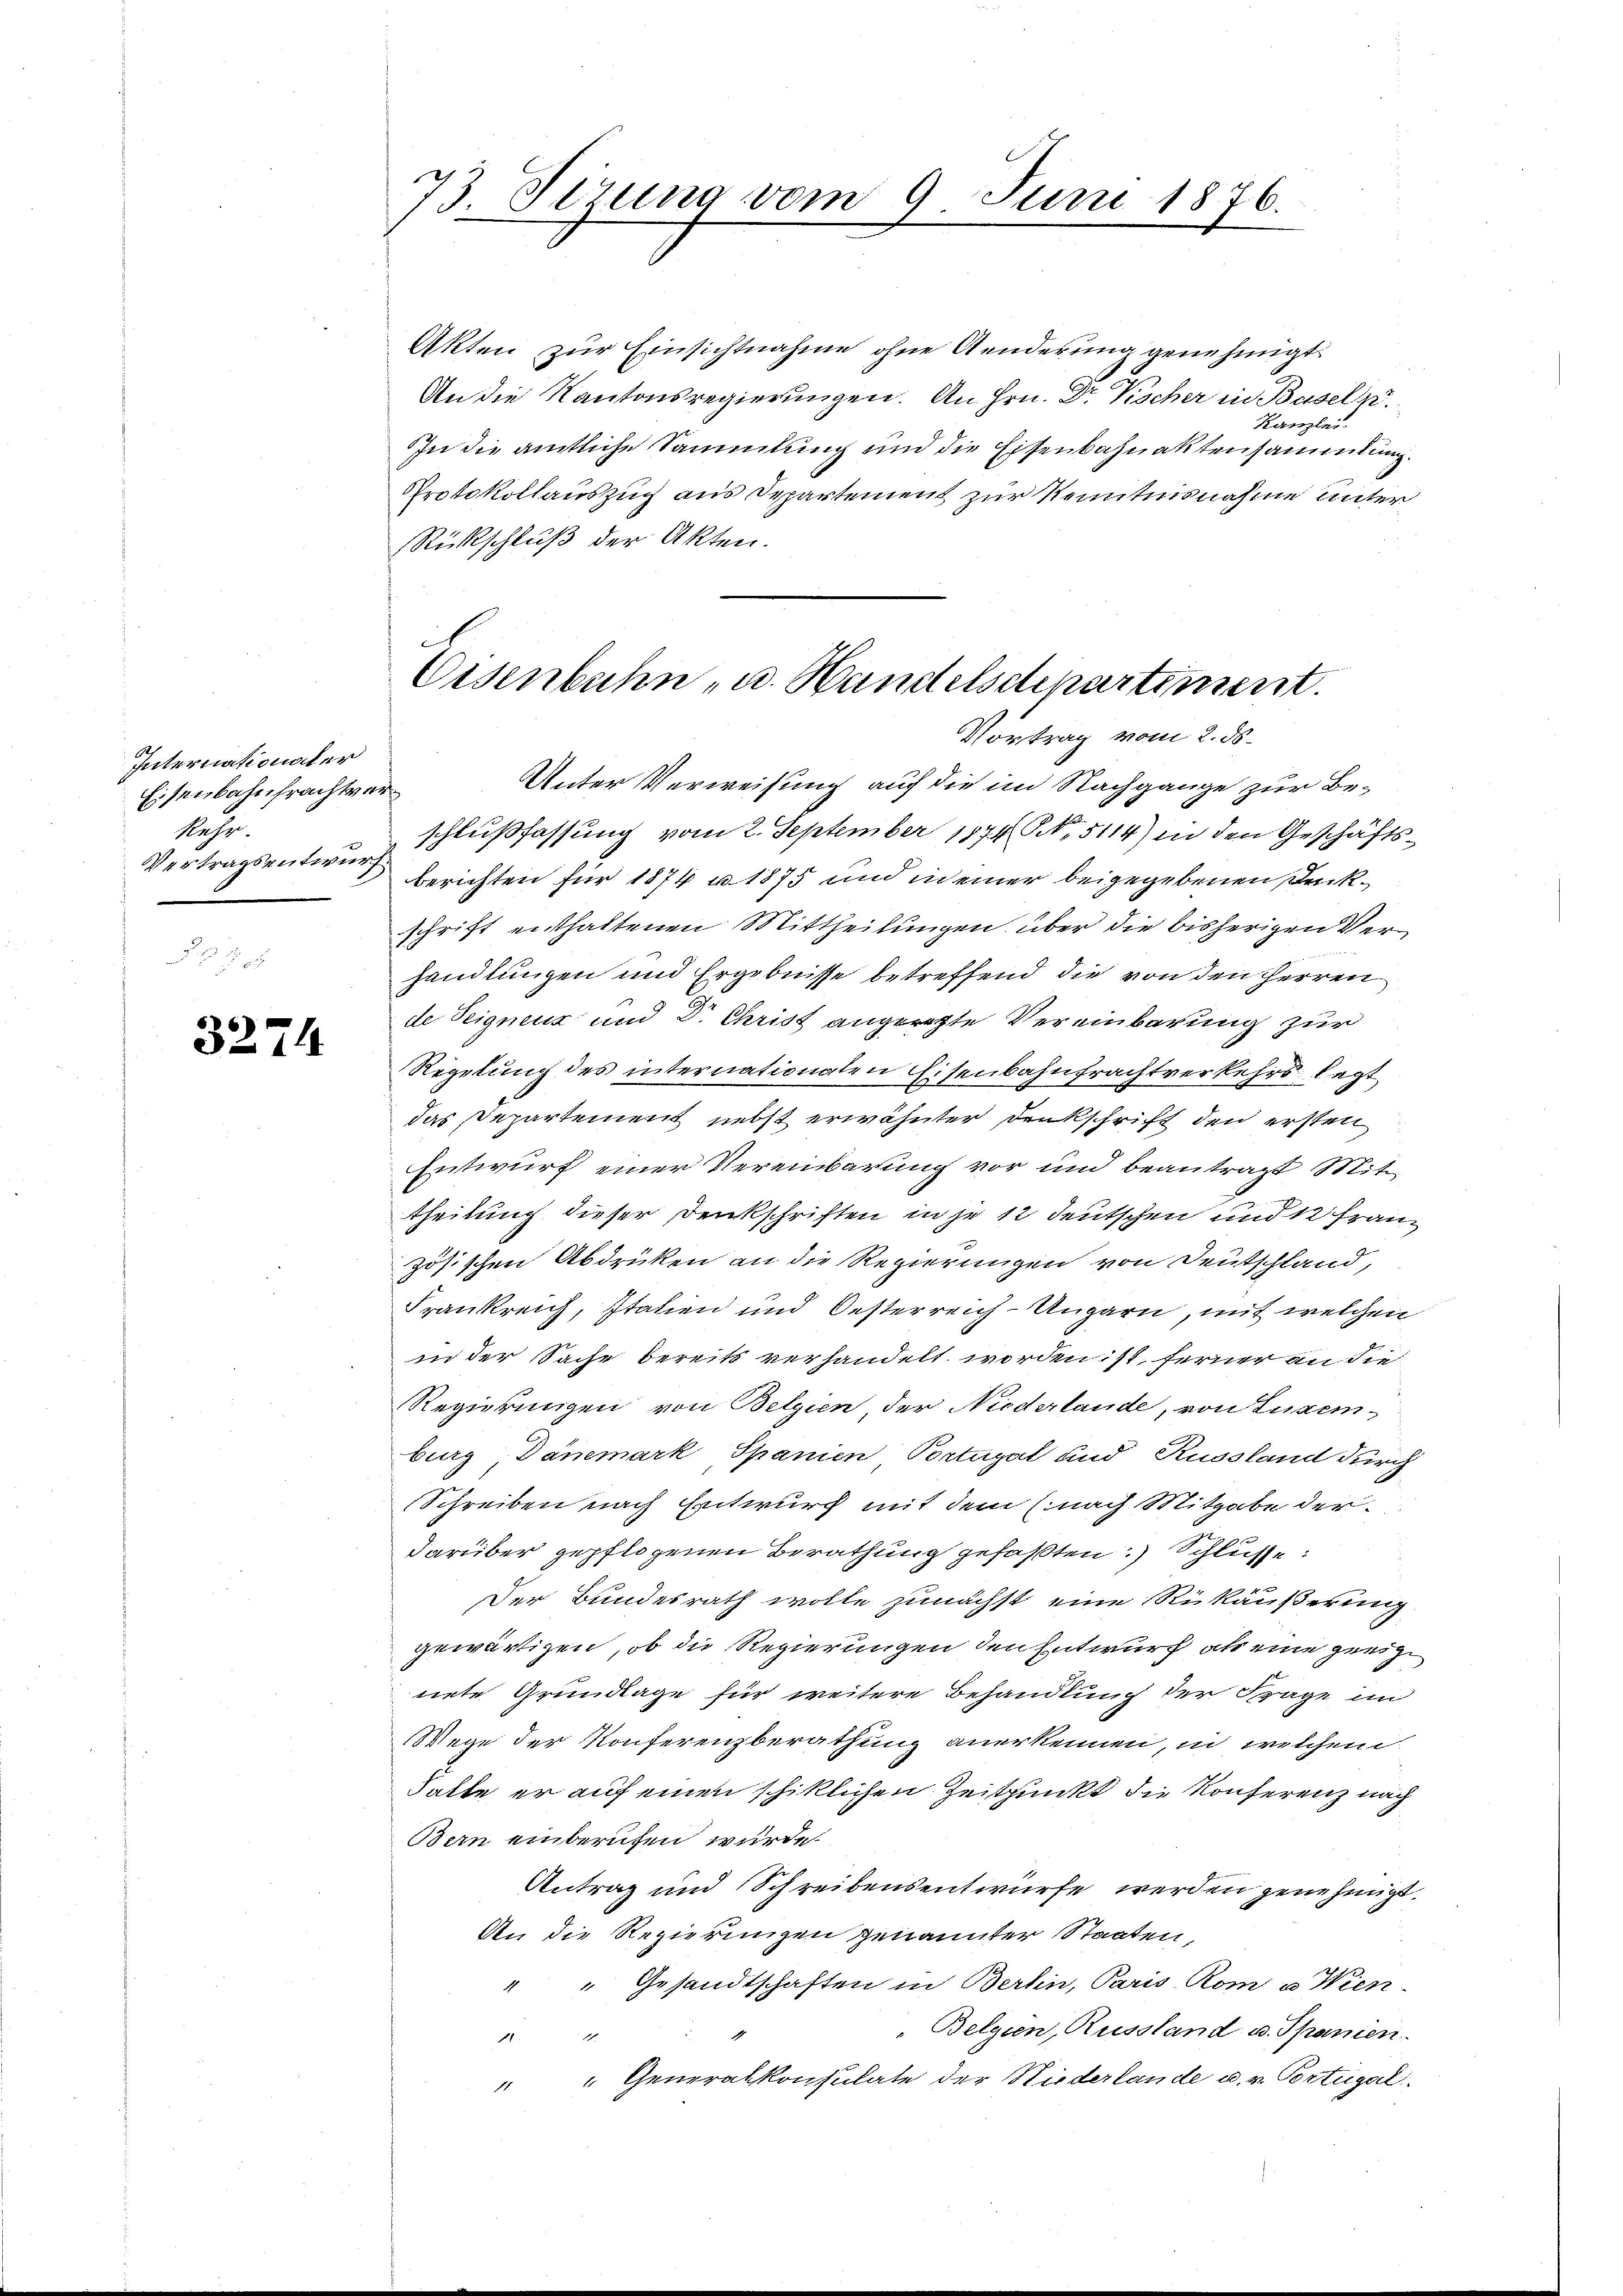
Internationaler
Eisenbahnfrachtver¬
Nehen.
Vertragsentwurf

3274

Akten zur Einsichtnahme ohne Aenderung genehmigt
An die Kantonsregierungen. An Hrn. Dr. Vischer in Baseln.
Kanzlei.
In die amtliche Sammlung und die Eisenbahnaktensammlung.
Protokollauszug aus Departement zur Kenntnisnahme unter
Rückschluß der Akten.

73. Seizung vom 9. Juni 1876.

Eisenbahn- u. Handelschepartiment.
Vortrag vom 2. ds.

Unter Verweisung auf die im Nachgange zur Beschlußfassung vom 2. September 1874 Art. 5114) in den Geschäftsberichten für 1874 u. 1875 und in einer beigegebenen Dankschrift enthaltenen Mittheilungen über die bisherigen Verhandlungen und Ergebnisse betreffend die von den Herren
de Teignenz und Dr. Christ angeregte Vereinbarung zur
Regelung des internationalen Eisenbahnfrachtverkehrs legt
das Departement nebst erwähnter Denkschrift den ersten
Entwurf einer Vereinbarung vor und beantragt Mittheilung dieser Denkschriften in je 12 deutschen und 12 Franz
zösischen Abdrüken an die Regierungen von Deutschland,
Frankreich, Italien und Oesterreich-Ungarn, mit welchen
in der Sache bereits verhandelt worden ist, ferner an die
Regierungen von Belgien, der Niederlande, von Luxem-
burg, Danemark, Spanien Portugal und Russland durch
Schreiben nach Entwurf mit dem (nach Mitgabe der
darüber gepflogenen Berathung gefaßten Schlüsse:
Der Bundesrath wolle zunächst eine Rükäußerung
gewärtigen, ob die Regierungen den Entwurf als eine greize
nete Grundlage für weitere Behandlung der Frage in
Wege der Konferenzberathung anerkennen, in welchem
Falte er auf einen schiklichen Zeitpunkt die Konferenz nach
Bern einberufen wurde.
Antrag und Schreibensentwürfe werden jenehmigt,
An die Regierungen genannter Staaten,
" " Gesandtschaften in Berlin, Paris Rom u Wien-
Belgien, Russland u. Spanien.
1224
" " Generalkonsulate der Niederlande u. v. Portugal